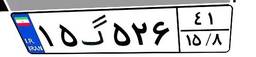
۱۵گ۵۲۶۴۱